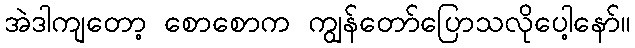
အဲဒါကျတော့ စောစောက ကျွန်တော်ပြောသလိုပေါ့နော်။